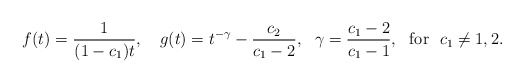
\begin{align*}f(t)=\frac{1}{(1-c_{1})t},\ \ \ g(t)=t^{-\gamma}-\frac{c_{2}}{c_{1}-2},\ \ \gamma=\frac{c_{1}-2}{c_{1}-1},\ \ \mathrm{for}\ \ c_{1}\not =1,2.\end{align*}